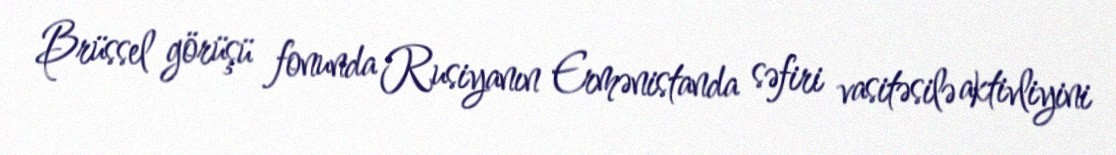
Brüssel görüşü fonunda Rusiyanın Ermənistanda səfiri vasitəsilə aktivliyini